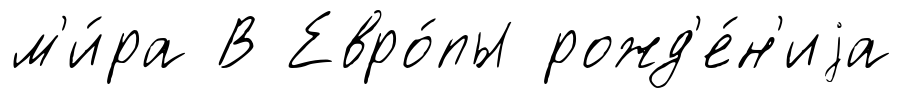
м'и́ра В Евро́пы рожд'е́н'иjа